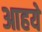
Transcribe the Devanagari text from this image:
आहये